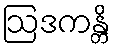
ဩဒကန္တိ